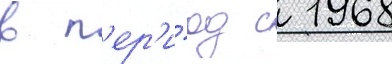
в п'ер'и́од с 1968